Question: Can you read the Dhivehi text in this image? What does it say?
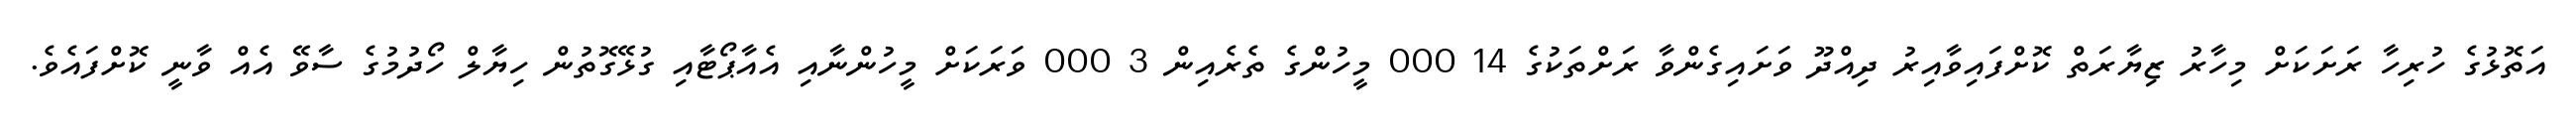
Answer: އަތޮޅުގެ ހުރިހާ ރަށަކަށް މިހާރު ޒިޔާރަތް ކޮށްފައިވާއިރު ދިއްދޫ ވަށައިގެންވާ ރަށްތަކުގެ 14 000 މީހުންގެ ތެރެއިން 3 000 ވަރަކަށް މީހުންނާއި އެއާޕޯޓާއި ގުޅޭގޮތުން ހިޔާލް ހޯދުމުގެ ސާވޭ އެއް ވާނީ ކޮށްފައެވެ.